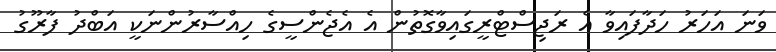
ވަނަ އަހަރު ހަދާފައިވާ އެ ރަޖިސްޓްރީގައިވާގޮތުން އެ އެޖެންސީގެ ހިއްސާރުންނަކީ އަބްދު ފާރޫގު